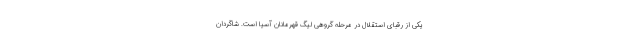
یکی از رقبای استقلال در مرحله گروهی لیگ قهرمانان آسیا است. شاگردان